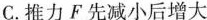
C.推力F先减小后增大